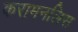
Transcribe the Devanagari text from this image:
करामनलिस